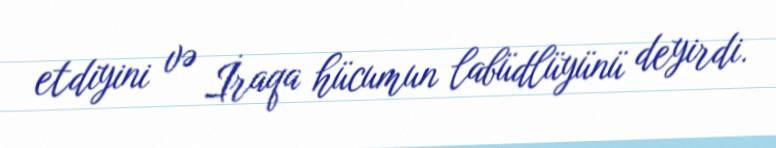
etdiyini və İraqa hücumun labüdlüyünü deyirdi.